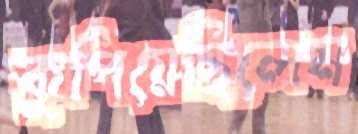
কুপিয়েছিলেম